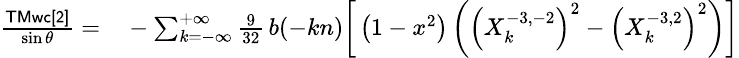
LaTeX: \small\begin{array}{rl}{\frac{\sf TMwc[2]}{\sin\theta}=}&{{}-\sum_{k=-\infty}^{+\infty}\frac{9}{32}\, b(-kn)\bigg[\left(1-x^{2}\right)\left(\left(X_{k}^{-3,-2}\right)^{2}-\left(X_{k}^{-3,2}\right)^{2}\right)\bigg]}\end{array}